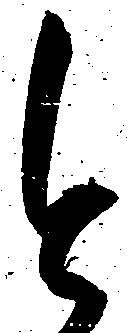
今